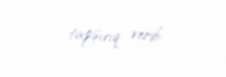
tapşırıq verib.